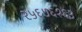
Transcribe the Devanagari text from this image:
२५६७६१६३